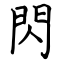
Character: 閃